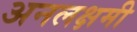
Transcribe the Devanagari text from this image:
अनलक्षमी